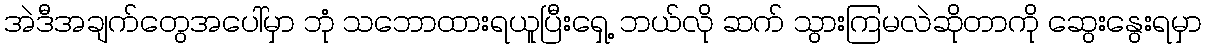
အဲဒီအချက်တွေအပေါ်မှာ ဘုံ သဘောထားရယူပြီးရှေ့ ဘယ်လို ဆက် သွားကြမလဲဆိုတာကို ဆွေးနွေးရမှာ